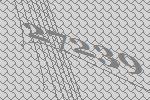
27239